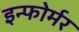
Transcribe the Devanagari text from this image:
इन्फोर्मर